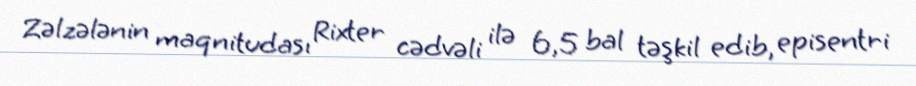
Zəlzələnin maqnitudası Rixter cədvəli ilə 6,5 bal təşkil edib, episentri